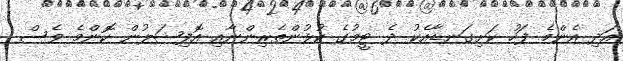
އަދި އެންމެ ފަހު ކަށިގަނޑާއެކު ދެ ޓީމުގެ ކުޅުންތެރިންނާއި އޮފިޝަލުން ކޮންމެ ވެސް